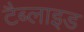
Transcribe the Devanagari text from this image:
टैब्लाइड